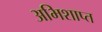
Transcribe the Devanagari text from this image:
अभिशाप्त